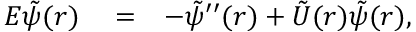
\begin{array} { r l r } { E \tilde { \psi } ( r ) } & { { } = } & { - \tilde { \psi } ^ { \prime \prime } ( r ) + \tilde { U } ( r ) \tilde { \psi } ( r ) , } \end{array}